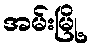
အမ်းမြို့